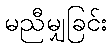
မညီမျှခြင်း